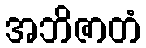
အဘိဇာတံ